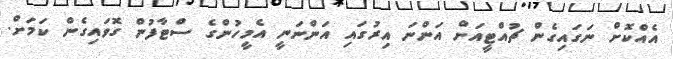
އެއްކޮށް ނަގައިގެން ޗުއްޓީއަށް އަންނަ އިރުގައި އަންނަނީ އެމީހުންގެ ސްޓާފުން ގޮވައިގެން ކަމަށް.